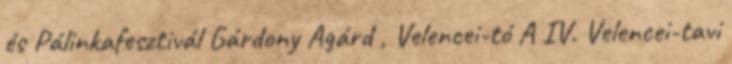
és Pálinkafesztivál Gárdony Agárd , Velencei-tó A IV. Velencei-tavi